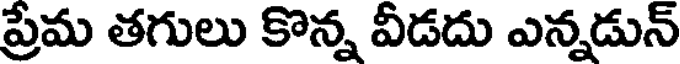
ప్రేమ తగులు కొన్న వీడదు ఎన్నడున్